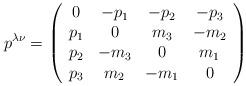
LaTeX: \begin{align*}p^{\lambda\nu}=\left(\begin{array}[c]{cccc}0 & -p_{1} & -p_{2} & -p_{3}\\p_{1} & 0 & m_{3} & -m_{2}\\p_{2} & -m_{3} & 0 & m_{1}\\p_{3} & m_{2} & -m_{1} & 0\end{array}\right) \end{align*}